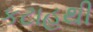
કટાહથી